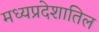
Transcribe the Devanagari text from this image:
मध्यप्रदेशातिल